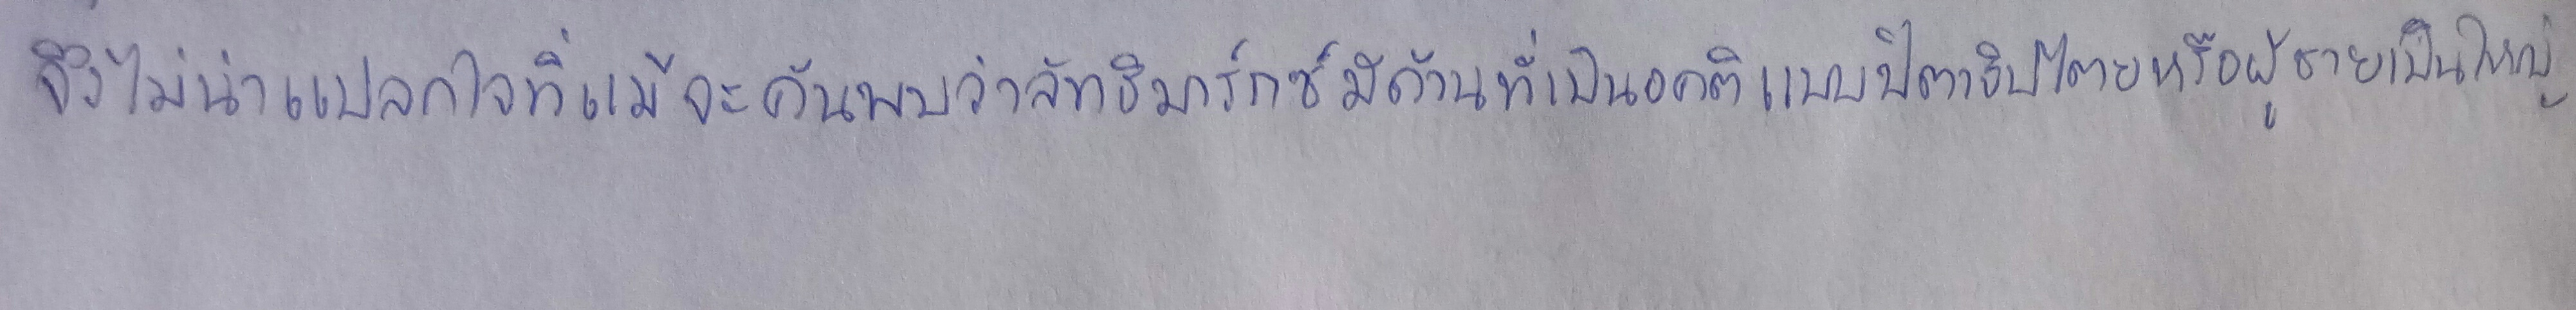
จึงไม่น่าแปลกใจที่แม้จะค้นพบว่าลัทธิมาร์กซ์มีด้านที่เป็นอคติแบบปิตาธิปไตยหรือผู้ชายเป็นใหญ่